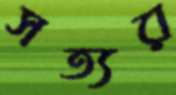
সত্যর